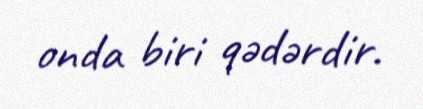
onda biri qədərdir.